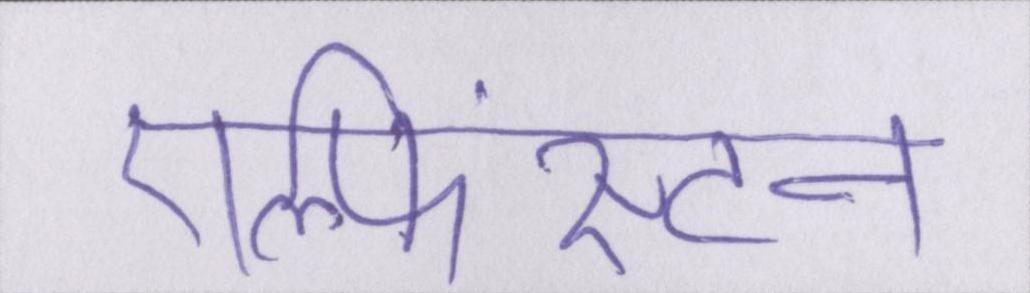
एल्फिंस्टन